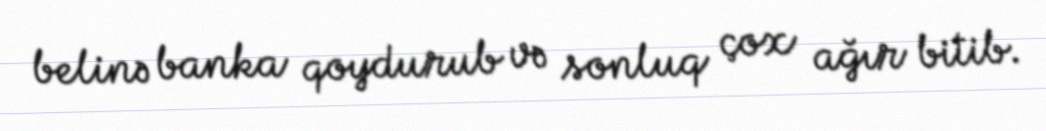
belinə banka qoydurub və sonluq çox ağır bitib.